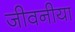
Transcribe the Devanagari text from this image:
जीवनीया